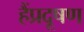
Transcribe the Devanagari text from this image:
हैंप्रदूषण